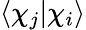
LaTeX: \langle\chi_{j}|\chi_{i}\rangle